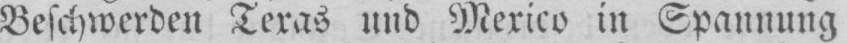
Beschwerden Texas und Mexico in Spannung